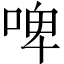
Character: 啤